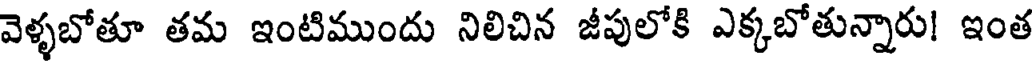
వెళ్ళబోతూ తమ ఇంటిముందు నిలిచిన జీపులోకి ఎక్కబోతున్నారు! ఇంత